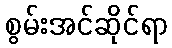
စွမ်းအင်ဆိုင်ရာ